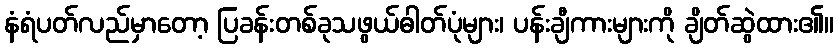
နံရံပတ်လည်မှာတော့ ပြခန်းတစ်ခုသဖွယ်ဓါတ်ပုံများ၊ ပန်းချီကားများကို ချိတ်ဆွဲထား၏။